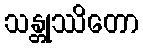
သန္တုဿိတော